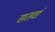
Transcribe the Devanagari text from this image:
सतवां